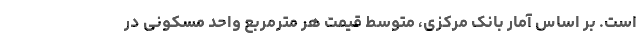
است. بر اساس آمار بانک مرکزی، متوسط قیمت هر مترمربع واحد مسکونی در